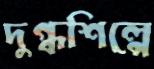
দুগ্ধশিল্পে